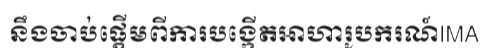
នឹងចាប់ផ្តើមពីការបង្កើតអាហារូបករណ៍IMA